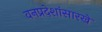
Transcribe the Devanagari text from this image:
वनप्रदेशांसारखे